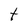
Character: t